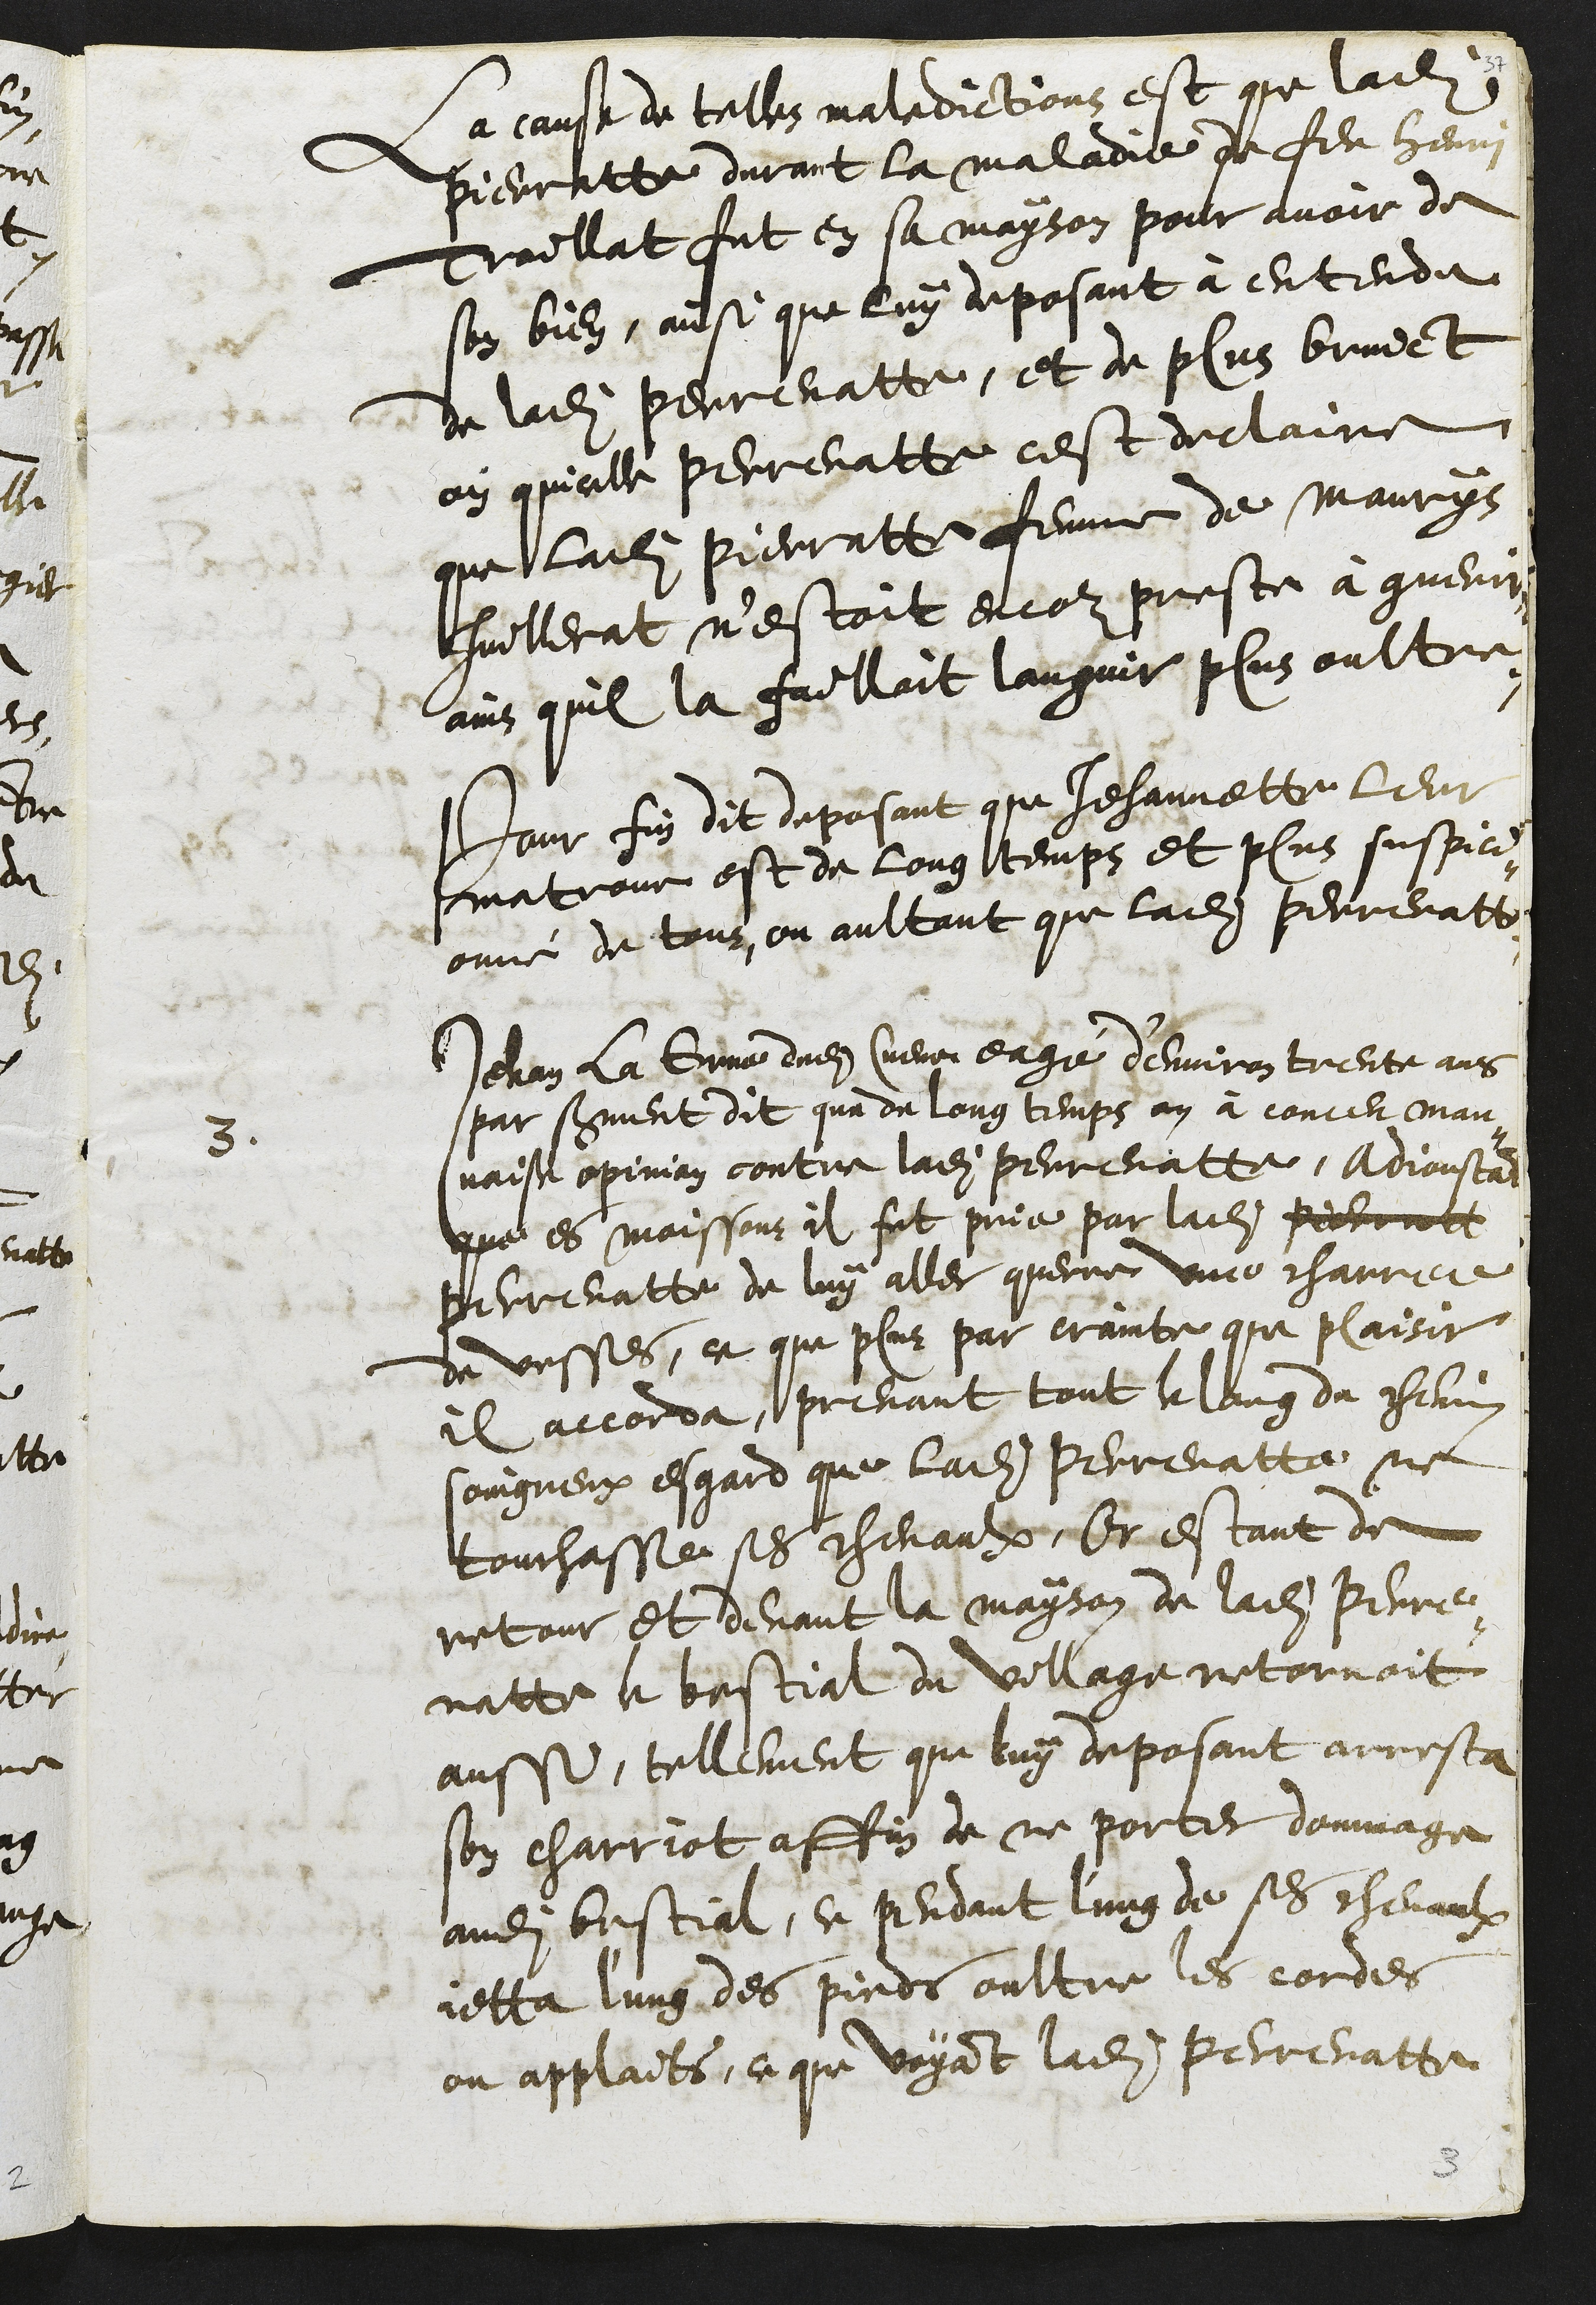
La cause de telles maledictions est que ladite
Pierratte durant la maladie de feu Henri
Troillat fut en sa mayson pour avoir de
son bien, ainsi que luy deposant à entendu
de ladite Perrenatte, et de plus bruict
oy quicelle Perrenatte cest declaire
que ladite Pierratte femme de Maurys
Juillerat n'estoit encor preste à guerir,
ains quil la failloit languir plus oultre.
Pour fin dit deposant que Jehannette leur
matrone est de long temps et plus suspici¬
onné de tous, ou aultant que ladite Perrenatte.
3
Jehan la Grue dudit Cueve eagé d'environ trente ans
par serment dit que de long temps on à conceu mau-
vaise opinion contre ladite Perrenatte, Adjoustant
que es moissons il fut prie par ladite Pierret
Perrenatte de luy aller querre une charree
de vesses, ce que plus par crainte que plaisir
il accorda, prenant tout le long du chemin
soingneux esgard que ladite Perrenatte ne
touchasse ses chevaulx, Or estant de
retour et devant la mayson de ladite Perre¬
natte le bestial du village retornoit
aussi, tellement que luy deposant arresta
son charriot affin de ne porter dommage
audit bestial, ce pendant l'ung de ses chevaulx
jetta l'ung des pieds oultre les cordes
ou applaits, ce que voyant ladite Perrenatte

3